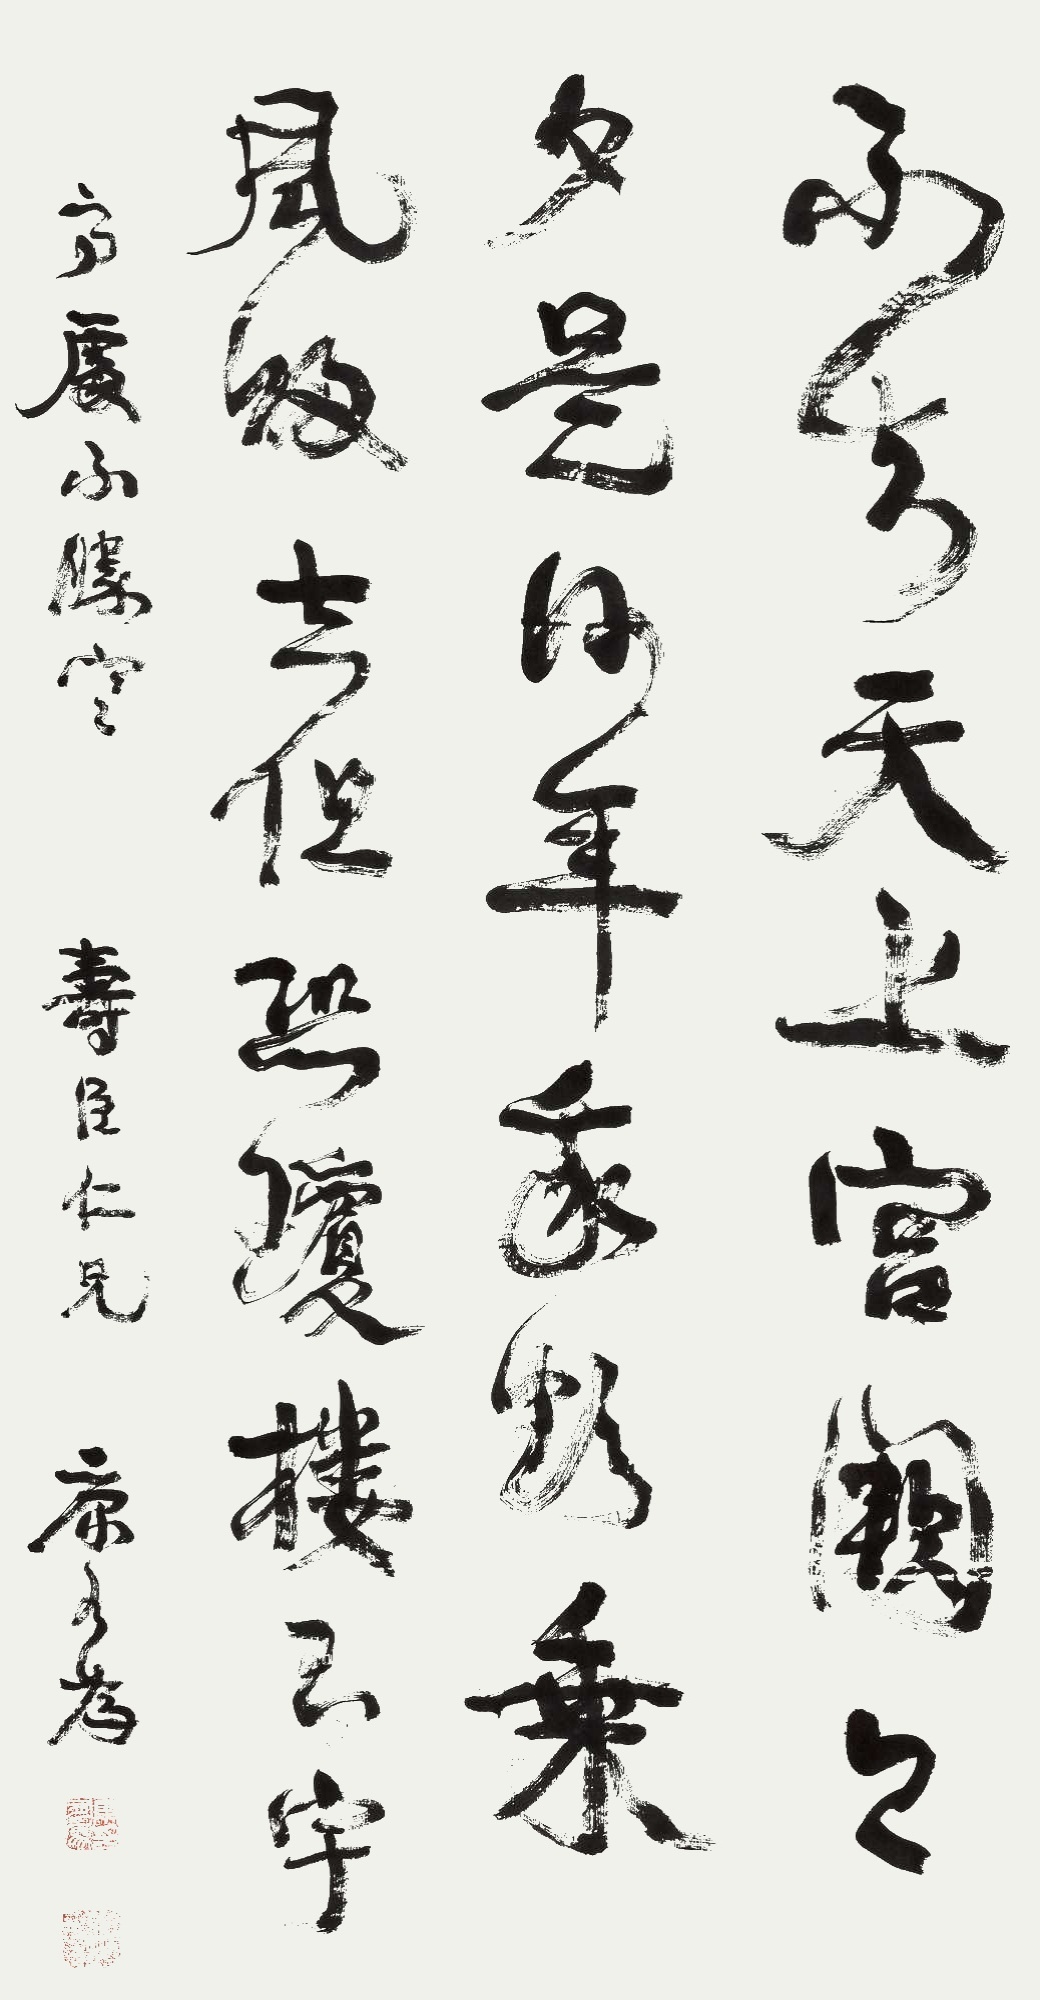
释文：不知天上宫阙，今夕是何年。我欲乘风归去，但恐琼楼玉宇，高处不胜寒。寿臣仁兄，康有为。